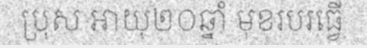
ប្រុស អាយុ២០ឆ្នាំ មុខរបរធ្វើ